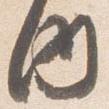
内